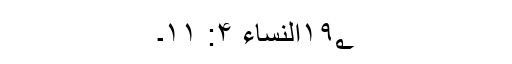
۱۹؂النساء ۴: ۱۱۔